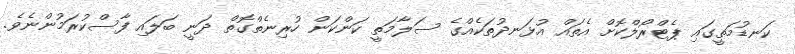
ކަނޑުމަތީގައި ޕެޓްރޯލްކޮށް އެތައް އުޅަނދުތަކެއްގެ ސަލާމަތީ ކަންކަން ހުރިނެތްގޮތް ދަނީ ބަލައި ފާސްކުރަމުންނެވެ.